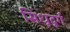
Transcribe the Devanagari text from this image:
सिंधूदूर्ग